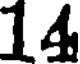
14